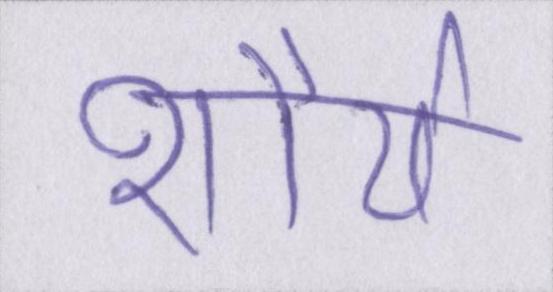
शौर्य